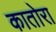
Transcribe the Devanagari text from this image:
कातोरा